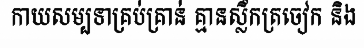
កាយសម្បទាគ្រប់គ្រាន់ គ្មានស្លឹកត្រចៀក និង